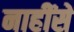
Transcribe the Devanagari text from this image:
नाहींसें